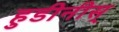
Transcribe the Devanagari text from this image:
हुडीनीस्